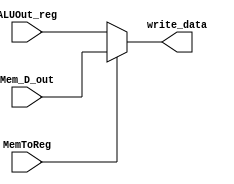
`timescale 1ns / 1ps
//////////////////////////////////////////////////////////////////////////////////
// Company: 
// Engineer: 
// 
// Design Name: 
// Module Name:    MUX_Write_data 
// Project Name: 
// Target Devices: 
// Tool versions: 
// Description: 
//
// Dependencies: 
//
// Revision: 
// Revision 0.01 - File Created
// Additional Comments: 
//
//////////////////////////////////////////////////////////////////////////////////
module MUX_Write_data( Mem_D_out, ALUOut_reg, MemToReg, write_data
    );
	 
	 input [31:0] Mem_D_out, ALUOut_reg;
	 input MemToReg;
	 output [31:0] write_data;
	 
	 assign write_data = (MemToReg == 1'b0) ? ALUOut_reg : Mem_D_out;


endmodule